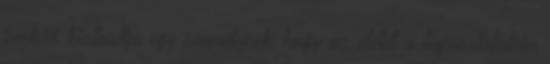
funkció biztosítja egy személynek, hogy az életet a tapasztalatain